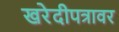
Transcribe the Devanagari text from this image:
खरेदीपत्रावर